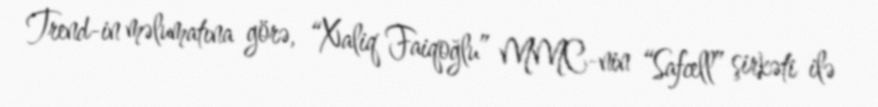
Trend-in məlumatına görə, “Xaliq Faiqoğlu” MMC-nin “Safcell” şirkəti ilə